Annual report on the Civil Veterinary Department, Burma (including the Insein Veterinary School) - 1932-1941
Year: 1932
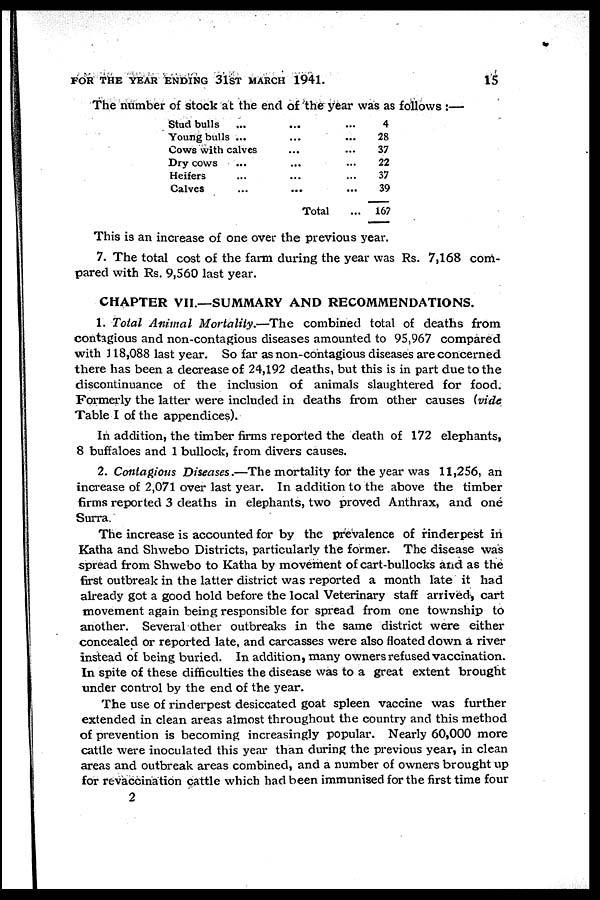
FOR THE YEAR ENDING 31ST MARCH 1941.
15
The number of stock at the end of the year was as follows :—
Stud bulls
...
...
Young bulls
...
...
Cows with calves
... ...
Dry cows
...
...
Heifers
...
...
Calves
...
...
Total
...
...
...
...
...
...
...
4
28
37
22
37
39
167
This is an increase of one over the previous year.
7. The total cost of the farm during the year was Rs. 7,168 com-
pared with Rs. 9,560 last year.
CHAPTER VII.—SUMMARY AND RECOMMENDATIONS.
1. Total Animal Mortality.—The combined total of deaths from
contagious and non-contagious diseases amounted to 95,967 compared
with 118,088 last year. So far as non-contagious diseases are concerned
there has been a decrease of 24,192 deaths, but this is in part due to the
discontinuance of the inclusion of animals slaughtered for food.
Formerly the latter were included in deaths from other causes (vide
Table I of the appendices).
In addition, the timber firms reported the death of 172 elephants,
8 buffaloes and 1 bullock, from divers causes.
2. Contagious Diseases.—The mortality for the year was 11,256, an
increase of 2,071 over last year. In addition to the above the timber
firms reported 3 deaths in elephants, two proved Anthrax, and one
Surra.
The increase is accounted for by the prevalence of rinderpest in
Katha and Shwebo Districts, particularly the former. The disease was
spread from Shwebo to Katha by movement of cart-bullocks and as the
first outbreak in the latter district was reported a month late it had
already got a good hold before the local Veterinary staff arrived, cart
movement again being responsible for spread from one township to
another. Several other outbreaks in the same district were either
concealed or reported late, and carcasses were also floated down a river
instead of being buried. In addition, many owners refused vaccination.
In spite of these difficulties the disease was to a great extent brought
under control by the end of the year.
The use of rinderpest desiccated goat spleen vaccine was further
extended in clean areas almost throughout the country and this method
of prevention is becoming increasingly popular. Nearly 60,000 more
cattle were inoculated this year than during the previous year, in clean
areas and outbreak areas combined, and a number of owners brought up
for revaccination cattle which had been immunised for the first time four
2